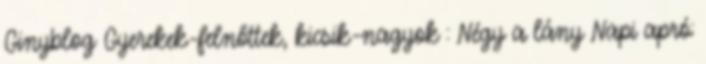
Ginyblog Gyerekek-felnőttek, kicsik-nagyok : Négy a lány Napi apró: